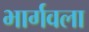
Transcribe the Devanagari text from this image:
भार्गवला